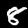
Label: 8